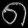
Digit: ၈